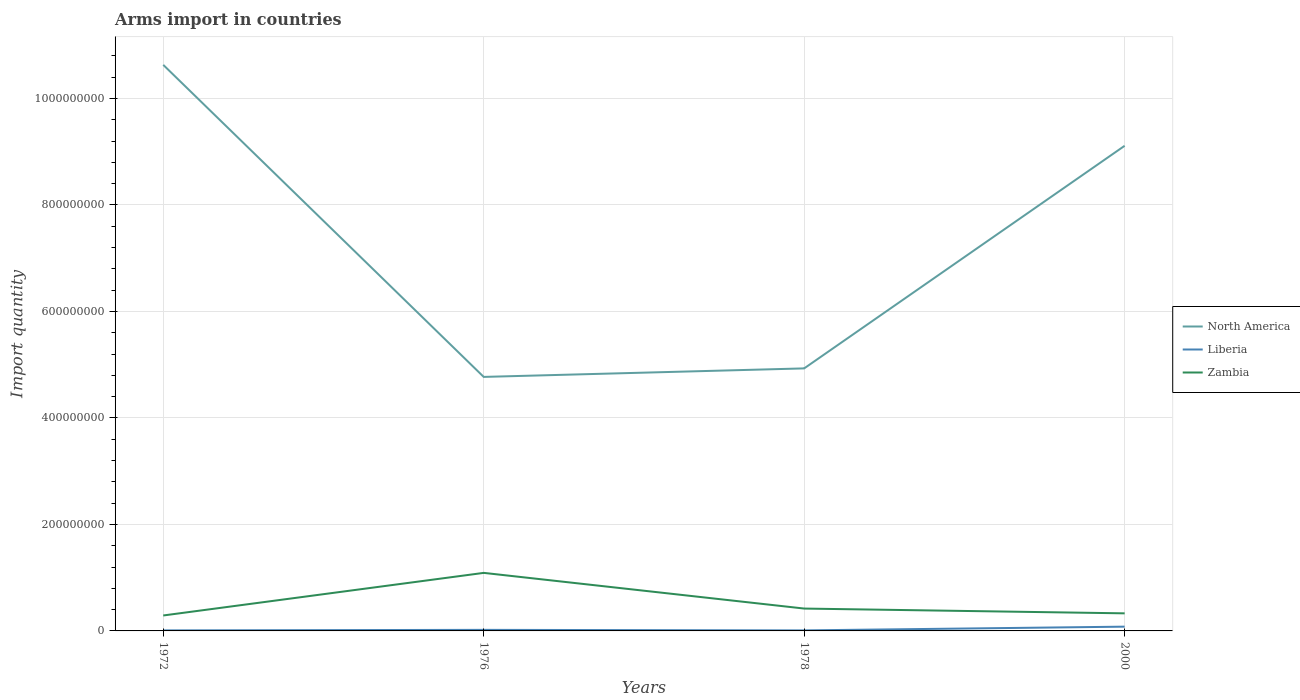
| Years | North America | Liberia | Zambia |
 | --- | --- | --- | --- |
 | 1972 | 1.06e+09 | 1e+06 | 2.9e+07 |
 | 1976 | 4.77e+08 | 2e+06 | 1.09e+08 |
 | 1978 | 4.93e+08 | 1e+06 | 4.2e+07 |
 | 2000 | 9.11e+08 | 8e+06 | 3.3e+07 |